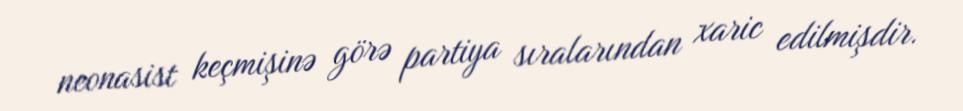
neonasist keçmişinə görə partiya sıralarından xaric edilmişdir.